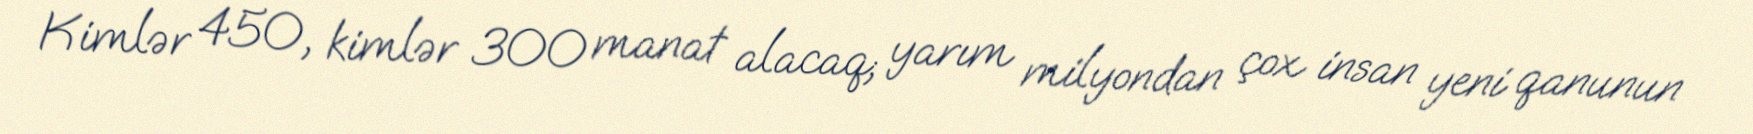
Kimlər 450, kimlər 300 manat alacaq; yarım milyondan çox insan yeni qanunun